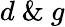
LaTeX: d\ \& \ g